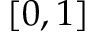
[ 0 , 1 ]